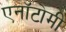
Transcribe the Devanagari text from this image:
एनॉटोमी